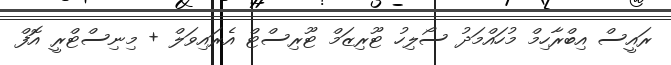
ރައީސް އިބްރާހިމް މުހައްމަދު ސޯލިހު ޓޫރިޒަމް ޓޫރިސްޓް އެރައިވަލް + މިނިސްޓްރީ އޮފް